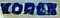
KOREK